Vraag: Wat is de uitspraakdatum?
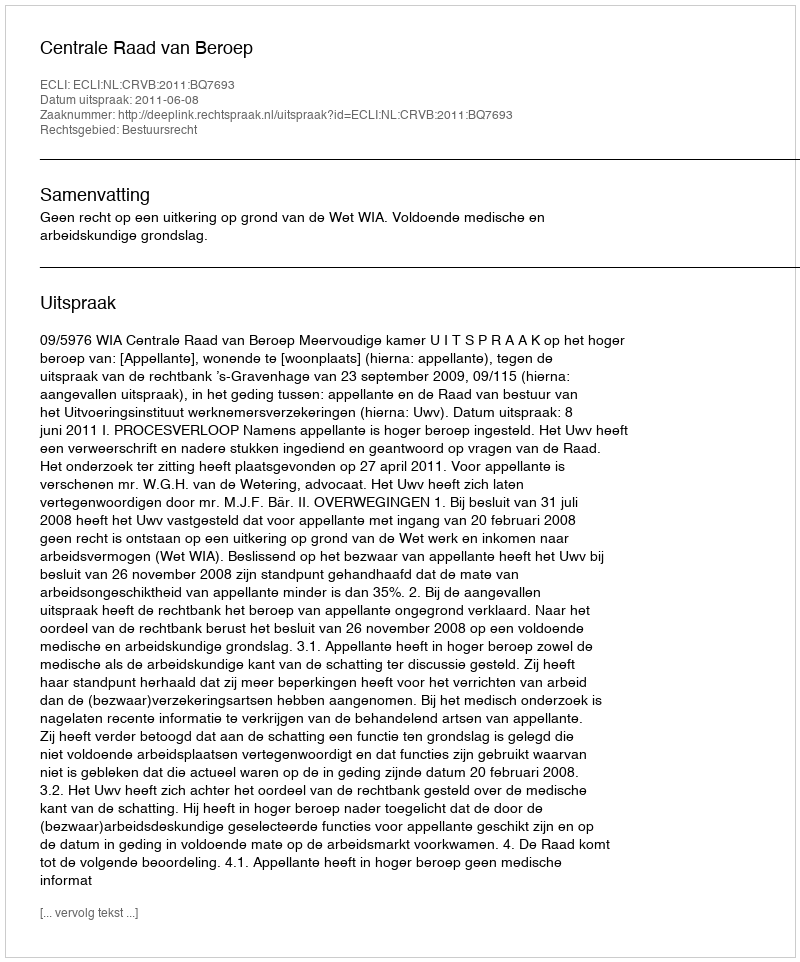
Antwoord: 2011-06-08